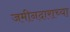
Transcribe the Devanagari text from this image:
जमीनदाराच्या